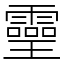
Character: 𤫊